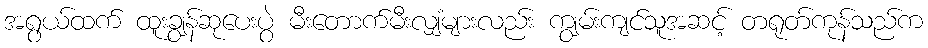
အရွယ်ထက် ထူးချွန်ဆုပေးပွဲ မီးတောက်မီးလျှံများလည်း ကျွမ်းကျင်သူအဆင့် တရုတ်ကုန်သည်က